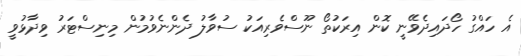
އެ ހައްގު ހޯދައިދެވޭނީ ކޮން އިރަކުތޯ ނޫސްވެރިއަކު ސުވާލު ދެންނެވުމުން މިނިސްޓަރު ވިދާޅުވީ